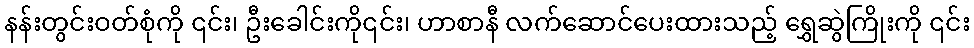
နန်းတွင်းဝတ်စုံကို ၎င်း၊ ဦးခေါင်းကို၎င်း၊ ဟာစာနီ လက်ဆောင်ပေးထားသည့် ရွှေဆွဲကြိုးကို ၎င်း